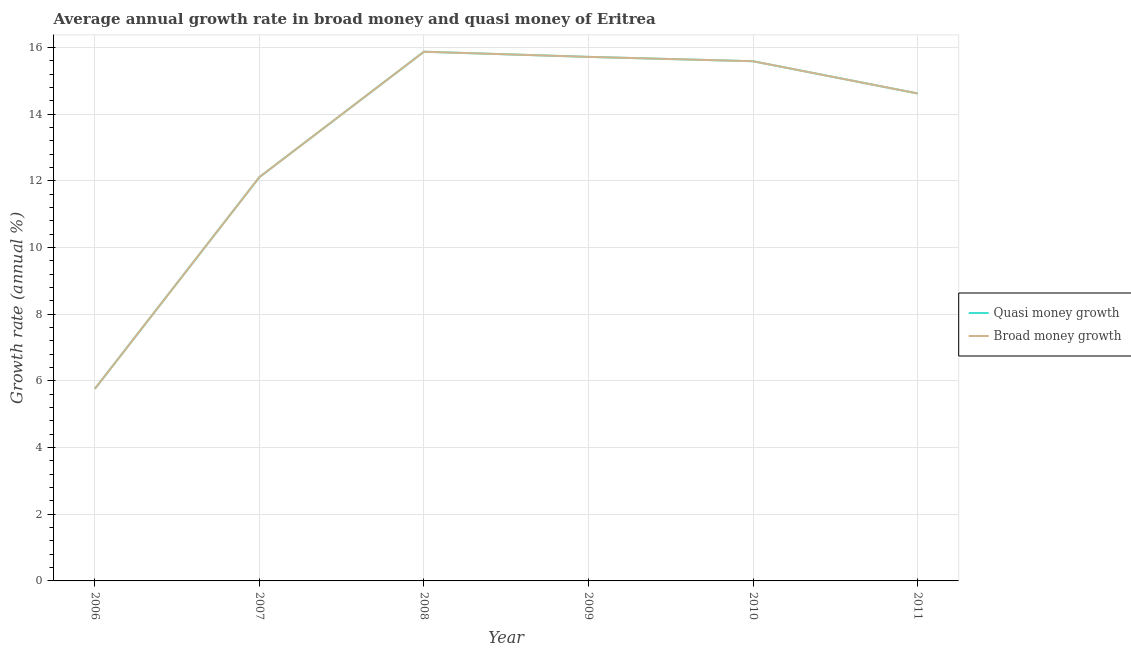
| Year | Quasi money growth | Broad money growth |
 | --- | --- | --- |
 | 2006 | 5.76 | 5.76 |
 | 2007 | 12.1 | 12.1 |
 | 2008 | 15.9 | 15.9 |
 | 2009 | 15.7 | 15.7 |
 | 2010 | 15.6 | 15.6 |
 | 2011 | 14.6 | 14.6 |